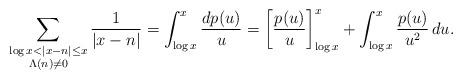
LaTeX: \begin{align*}\sum_{\substack{\log x<|x-n|\leq x\\\Lambda(n)\neq 0}}\frac{1}{|x-n|}=\int_{\log x}^{x}\frac{dp(u)}{u}=\left[\frac{p(u)}{u}\right]_{\log x}^{x}+\int_{\log x}^{x}\frac{p(u)}{u^2}\,du.\end{align*}